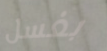
بغسل